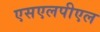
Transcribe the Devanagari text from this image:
एसएलपीएल